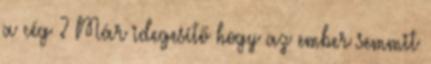
a cég ? Már idegesítő hogy az ember semmit